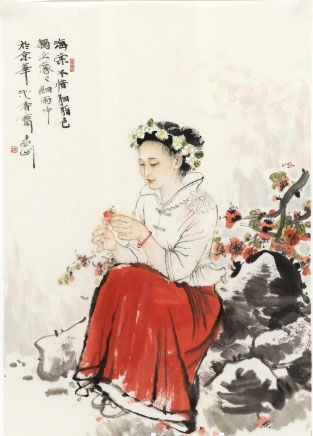
海棠不惜胭脂色，独立蒙蒙细雨中。